Subject: physics
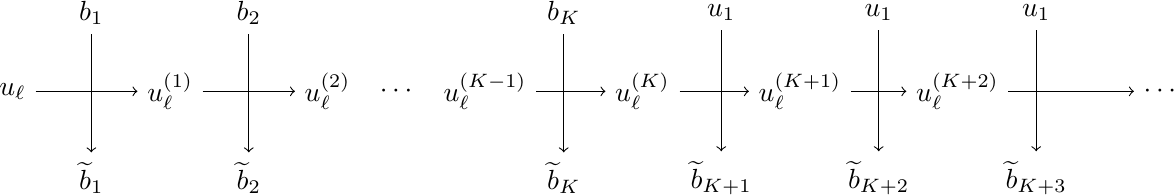
LaTeX code:
	\begin{tikzpicture}
		\node (b1) at (1,1) {$b_1$};
		\node (b2) at (3,1) {$b_2$};
		\node (bK) at (7,1) {$b_K$};
		\node (bK1) at (9,1) {$u_1$};
		\node (bK2) at (11,1) {$u_1$};
		\node (bK3) at (13,1) {$u_1$};

		\node (bt1) at (1,-1.1) {$\widetilde{b}_1$};
		\node (bt2) at (3,-1.1) {$\widetilde{b}_2$};
		\node (btK) at (7,-1.1) {$\widetilde{b}_K$};
		\node (btK1) at (9,-1.1) {$\widetilde{b}_{K+1}$};
		\node (btK2) at (11,-1.1) {$\widetilde{b}_{K+2}$};
		\node (btK3) at (13,-1.1) {$\widetilde{b}_{K+3}$};

		\node (carr0) at (0,0) {$u_\ell$};
		\node (carr1) at (2,0) {$u_\ell^{(1)}$};
		\node (carr2) at (4,0) {$u_\ell^{(2)}$};
		\node (carrK-1) at (6,0) {$ u_{\ell}^{(K-1)}$};
		\node (carrK0) at (8,0) {$u_\ell^{(K)}$};
		\node (carrK1) at (10,0) {$u_\ell^{(K+1)}$};
		\node (carrK2) at (12,0) {$u_\ell^{(K+2)}$};
		\node (carrK3) at (14.6,0) {$\cdots$};

		\foreach \i in {1,2,K,{K1},{K2},{K3}}
		{
			\draw[->] (b\i) -- (bt\i);
		}
		\foreach \i[evaluate=\i as \j using int(\i+1)] in {0,1}
		{
			\draw[->] (carr\i) -- (carr\j);
		}
		\node (carrdots) at (4.9,0) {$\cdots$};
		\foreach \i[evaluate=\i as \j using int(\i+1)] in {-1,...,2}
		{
			\draw[->] (carrK\i) -- (carrK\j);
		}
	\end{tikzpicture}